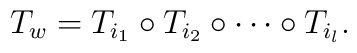
T_{w}=T_{i_{1}}\circ T_{i_{2}}\circ\cdots\circ T_{i_{l} }.